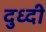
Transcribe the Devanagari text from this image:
दुध्दी